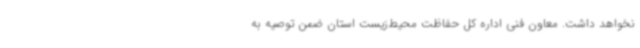
نخواهد داشت. معاون فنی اداره کل حفاظت محیط‌زیست استان ضمن توصیه به